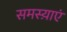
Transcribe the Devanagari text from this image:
समस्य़ाएं